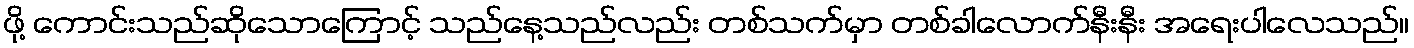
ဖို့ ကောင်းသည်ဆိုသောကြောင့် သည်နေ့သည်လည်း တစ်သက်မှာ တစ်ခါလောက်နီးနီး အရေးပါလေသည်။